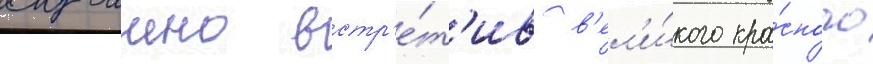
случаино встр'е́т'ив в'ел'и́кого кра́сного